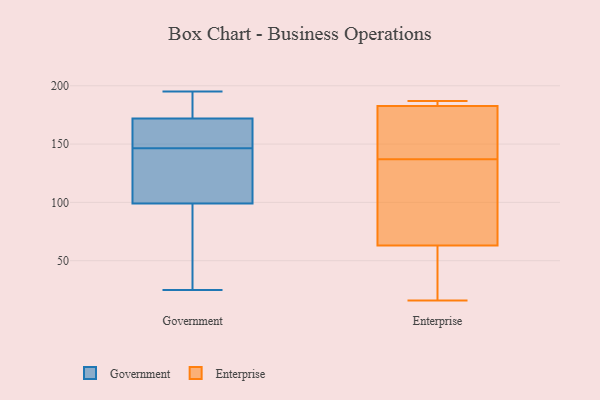
{"axis": {"x": "Waste Production (Tons)", "y": "Value"}, "legend": ["Enterprise", "Government"], "data": [{"x": "", "y": 68, "type": "Government"}, {"x": "", "y": 165, "type": "Government"}, {"x": "", "y": 99, "type": "Government"}, {"x": "", "y": 195, "type": "Government"}, {"x": "", "y": 145, "type": "Government"}, {"x": "", "y": 169, "type": "Government"}, {"x": "", "y": 25, "type": "Government"}, {"x": "", "y": 179, "type": "Government"}, {"x": "", "y": 148, "type": "Government"}, {"x": "", "y": 82, "type": "Government"}, {"x": "", "y": 172, "type": "Government"}, {"x": "", "y": 141, "type": "Government"}, {"x": "", "y": 182, "type": "Government"}, {"x": "", "y": 56, "type": "Government"}, {"x": "", "y": 103, "type": "Government"}, {"x": "", "y": 151, "type": "Government"}, {"x": "", "y": 192, "type": "Government"}, {"x": "", "y": 107, "type": "Government"}, {"x": "", "y": 90, "type": "Enterprise"}, {"x": "", "y": 187, "type": "Enterprise"}, {"x": "", "y": 183, "type": "Enterprise"}, {"x": "", "y": 34, "type": "Enterprise"}, {"x": "", "y": 137, "type": "Enterprise"}, {"x": "", "y": 185, "type": "Enterprise"}, {"x": "", "y": 115, "type": "Enterprise"}, {"x": "", "y": 54, "type": "Enterprise"}, {"x": "", "y": 139, "type": "Enterprise"}, {"x": "", "y": 182, "type": "Enterprise"}, {"x": "", "y": 16, "type": "Enterprise"}]}